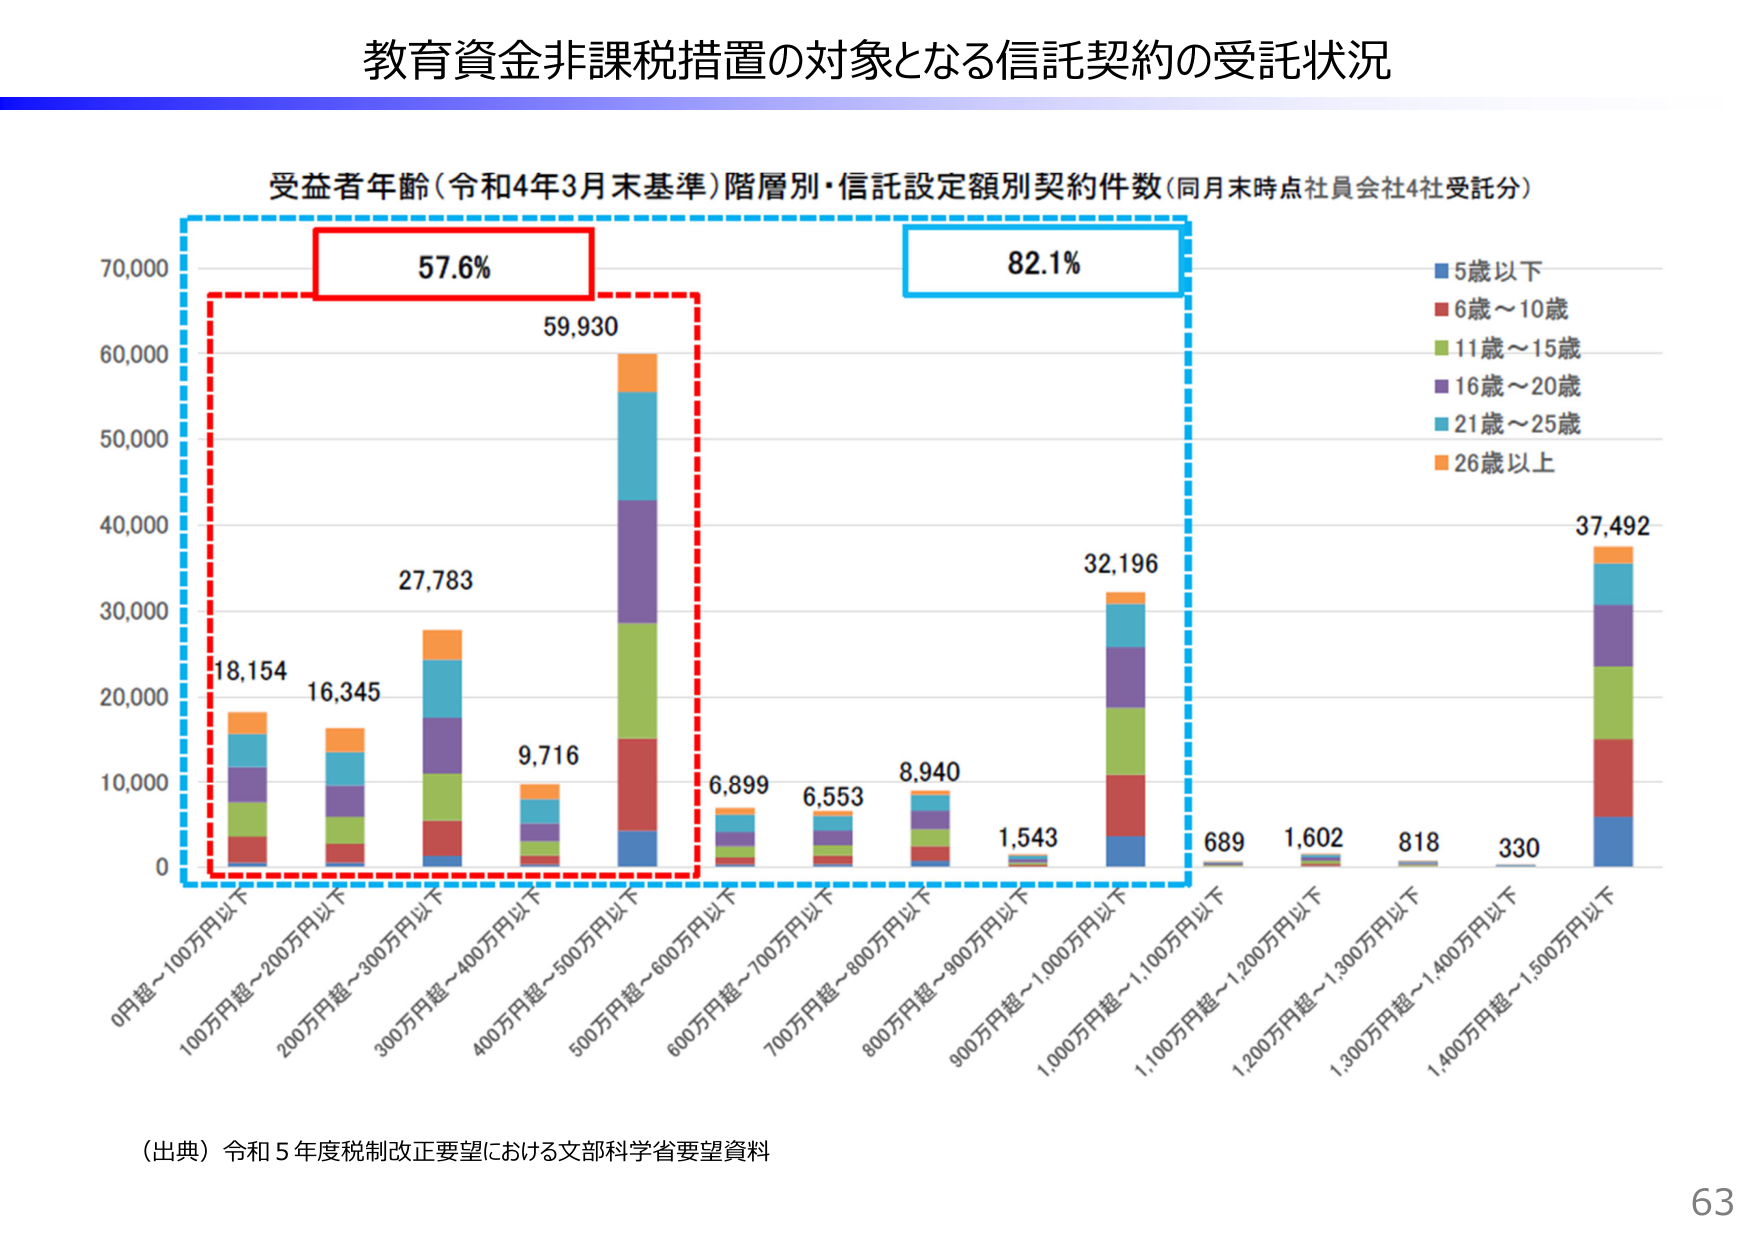
教育資金非課税措置の対象となる信託契約の受託状況

受益者年齢（令和4年3月末基準）階層別・信託設定額別契約件数（同月末時点社員会社4社受託分）

57.6%
59,930
18,154
16,345
27,783
9,716
6,899
6,553
8,940
1,543
32,196
689
1,602
818
330
37,492

0円超～100万円以下
100万円超～200万円以下
200万円超～300万円以下
300万円超～400万円以下
400万円超～500万円以下
500万円超～600万円以下
600万円超～700万円以下
700万円超～800万円以下
800万円超～900万円以下
900万円超～1,000万円以下
1,000万円超～1,100万円以下
1,100万円超～1,200万円以下
1,200万円超～1,300万円以下
1,300万円超～1,400万円以下
1,400万円超～1,500万円以下

5歳以下
6歳～10歳
11歳～15歳
16歳～20歳
21歳～25歳
26歳以上

82.1%

（出典）令和5年度税制改正要望における文部科学省要望資料

63